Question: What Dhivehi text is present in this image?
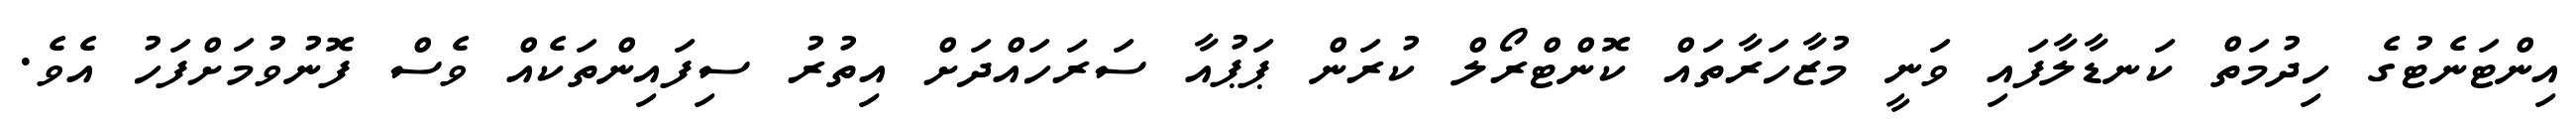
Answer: އިންޓަނެޓުގެ ހިދުމަތް ކަނޑާލާފައި ވަނީ މުޒާހަރާތައް ކޮންޓްރޯލް ކުރަން ޕަޕުއާ ސަރަހައްދަށް އިތުރު ސިފައިންތަކެއް ވެސް ފޮނުވުމަށްފަހު އެވެ.